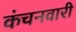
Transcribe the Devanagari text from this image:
कंचनवारी